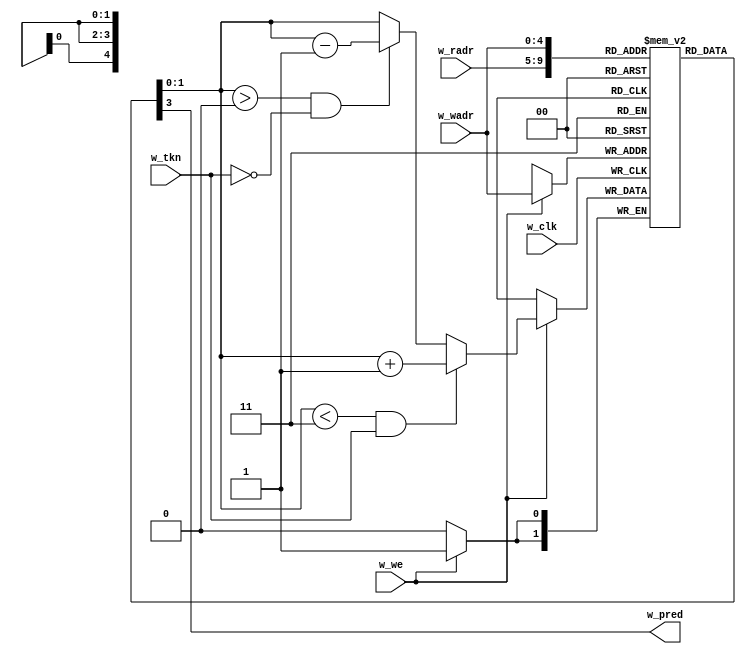
module m_bimodal(w_clk, w_radr, w_pred, w_wadr, w_we, w_tkn);
  input  wire w_clk, w_we;
  input  wire [4:0] w_wadr, w_radr;
  input  wire w_tkn;
  output wire w_pred;
  reg [1:0] mem [0:31];
  wire [1:0] w_data = mem[w_radr];
  assign w_pred = w_data[1];
  wire [1:0] w_cnt = mem[w_wadr];
  always @(posedge w_clk) if (w_we)
    mem[w_wadr] <= (w_cnt < 3 &  w_tkn) ? w_cnt + 1 :
                   (w_cnt > 0 & !w_tkn) ? w_cnt - 1 : w_cnt;
  integer i; initial for (i=0; i<32; i=i+1) mem[i] = 1;
endmodule